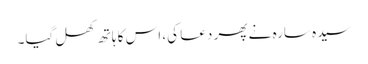
سیدہ سارہ نے پھر دعا کی، اس کا ہاتھ کھل گیا۔